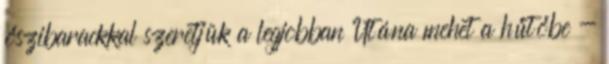
őszibarackkal szeretjük a legjobban Utána mehet a hűtőbe -